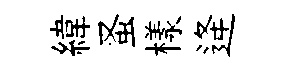
緯蚤樣逄